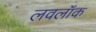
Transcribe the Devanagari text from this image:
लवलॉक